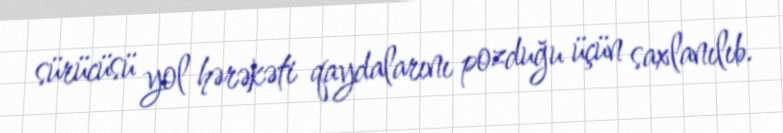
sürücüsü yol hərəkəti qaydalarını pozduğu üçün saxlanılıb.